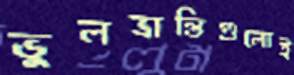
ভুলভ্রান্তিগুলোই